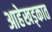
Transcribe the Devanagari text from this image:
आहेखड्कात